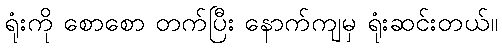
ရုံးကို စောစော တက်ပြီး နောက်ကျမှ ရုံးဆင်းတယ်။